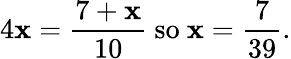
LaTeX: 4\mathbf{x}={\frac{{7+\mathbf{x}}}{{10}}}{\mathrm{{~so~}}}\mathbf{x}={\frac{{7}}{{39}}}.